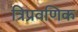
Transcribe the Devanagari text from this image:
त्रिप्रवणिक